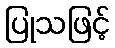
ပြုသဖြင့်